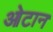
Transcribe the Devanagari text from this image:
ओटान